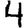
Digit: 4